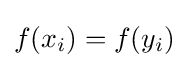
f(x_{i})=f(y_{i})